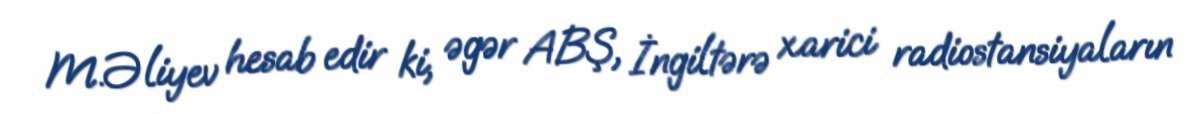
M.Əliyev hesab edir ki, əgər ABŞ, İngiltərə xarici radiostansiyaların